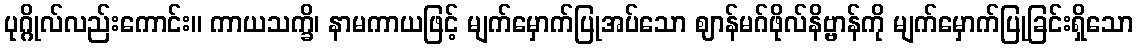
ပုဂ္ဂိုလ်လည်းကောင်း။ ကာယသက္ခိ၊ နာမကာယဖြင့် မျက်မှောက်ပြုအပ်သော ဈာန်မဂ်ဖိုလ်နိဗ္ဗာန်ကို မျက်မှောက်ပြုခြင်းရှိသော